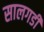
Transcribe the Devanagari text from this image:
सालगडी